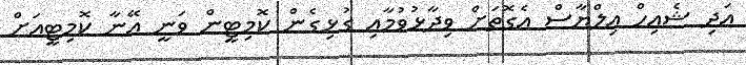
އަދި ޝެއިހް އިލްޔާސް އެގޮތަށް ވިދާޅުވުމާއި ގުޅިގެން ކޮމިޓީން ވަނީ އޭނާ ކޮމިޓީއަށް